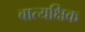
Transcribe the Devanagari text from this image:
बात्यक्षिक